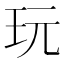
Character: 玩